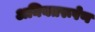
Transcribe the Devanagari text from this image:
अनियतरूपेण